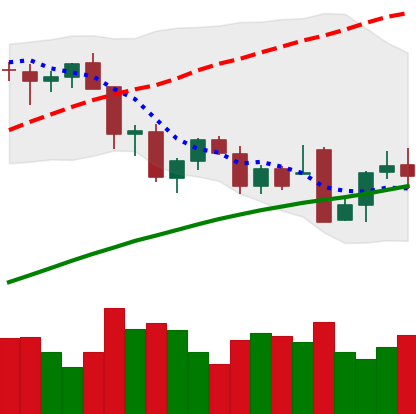
Ticker: BTC-USD
Chart end date: 2021-11-30
Forward return: -13.396%
Label: down_7plus